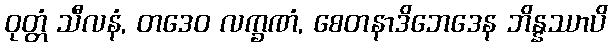
ဝုတ္တံ သီလနံ, တဒေဝ လက္ခဏံ, စေတနာဒိဘေဒေန ဘိန္နဿာပိ